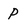
Character: P